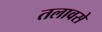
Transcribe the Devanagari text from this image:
तलावसे